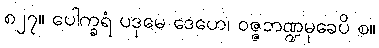
၈၂၇။ ပေါက္ခရံ ပဒုမေ ဒေဟေ၊ ဝဇ္ဇဘဏ္ဍမုခေပိ စ။